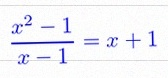
\frac{x^2-1}{x-1}=x+1